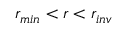
r _ { m i n } < r < r _ { i n v }